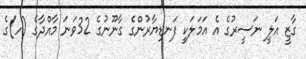
ގާޒީ އަލީ ނަސީރުގެ އެ އަމަލަކީ ފަނޑިޔާރުންގެ ގާނޫނުގެ 32ވަނަ މާއްދާގެ (ހ)ގެ